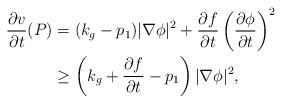
LaTeX: \begin{align*} \frac{\partial v}{\partial t}(P)&=(k_g-p_1)|\nabla \phi|^2+\frac{\partial f}{\partial t}\left(\frac{\partial \phi}{\partial t}\right)^2\\&\geq\left(k_g+\frac{\partial f}{\partial t}-p_1\right)|\nabla \phi|^2,\end{align*}